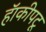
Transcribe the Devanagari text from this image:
हॅाकीपटू